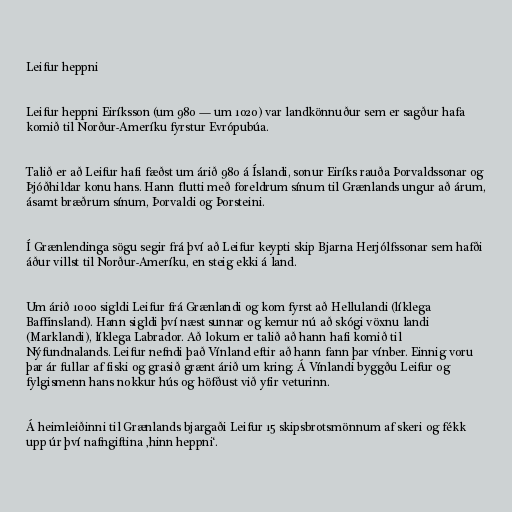
Leifur heppni

Leifur heppni Eiríksson (um 980 — um 1020) var landkönnuður sem er sagður hafa
komið til Norður-Ameríku fyrstur Evrópubúa.

Talið er að Leifur hafi fæðst um árið 980 á Íslandi, sonur Eiríks rauða Þorvaldssonar og
Þjóðhildar konu hans. Hann flutti með foreldrum sínum til Grænlands ungur að árum,
ásamt bræðrum sínum, Þorvaldi og Þorsteini.

Í Grænlendinga sögu segir frá því að Leifur keypti skip Bjarna Herjólfssonar sem hafði
áður villst til Norður-Ameríku, en steig ekki á land.

Um árið 1000 sigldi Leifur frá Grænlandi og kom fyrst að Hellulandi (líklega
Baffinsland). Hann sigldi því næst sunnar og kemur nú að skógi vöxnu landi
(Marklandi), líklega Labrador. Að lokum er talið að hann hafi komið til
Nýfundnalands. Leifur nefndi það Vínland eftir að hann fann þar vínber. Einnig voru
þar ár fullar af fiski og grasið grænt árið um kring. Á Vínlandi byggðu Leifur og
fylgismenn hans nokkur hús og höfðust við yfir veturinn.

Á heimleiðinni til Grænlands bjargaði Leifur 15 skipsbrotsmönnum af skeri og fékk
upp úr því nafngiftina ‚hinn heppni‘.